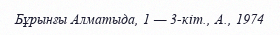
Бұрынғы Алматыда, 1 — 3-кіт., А., 1974